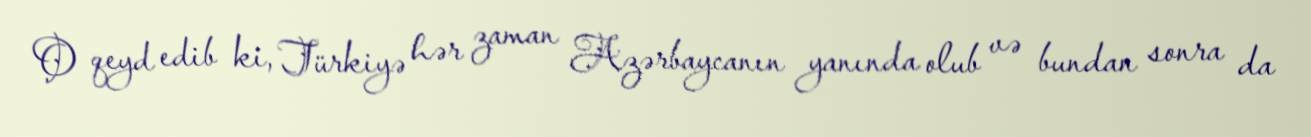
O qeyd edib ki, Türkiyə hər zaman Azərbaycanın yanında olub və bundan sonra da